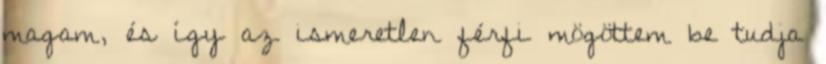
magam, és így az ismeretlen férfi mögöttem be tudja